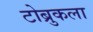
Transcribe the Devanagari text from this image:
टोब्रुकला